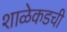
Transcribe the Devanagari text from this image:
शाळेकडची